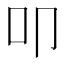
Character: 叩